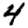
Digit: 4